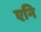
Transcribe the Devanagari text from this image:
एनि